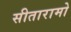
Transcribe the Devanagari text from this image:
सीतारामो